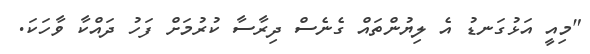
"މިއީ އަޅުގަނޑު އެ ލިޔުންތައް ގެނެސް ދިރާސާ ކުރުމަށް ފަހު ދައްކާ ވާހަކަ.